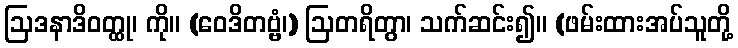
ဩဒနာဒိဝတ္ထု၊ ကို။ (ဝေဒိတဗ္ဗံ၊) ဩတရိတွာ၊ သက်ဆင်း၍။ (ဖမ်းထားအပ်သူတို့